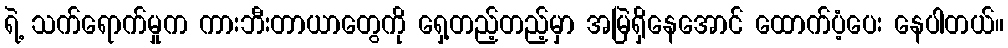
ရဲ့ သက်ရောက်မှုက ကားဘီးတာယာတွေကို ရှေ့တည့်တည့်မှာ အမြဲရှိနေအောင် ထောက်ပံ့ပေး နေပါတယ်။